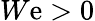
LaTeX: W\mathrm{e}>0